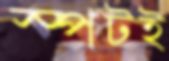
স্পটই